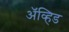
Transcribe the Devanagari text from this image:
अॅव्हिड